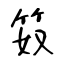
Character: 笯